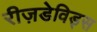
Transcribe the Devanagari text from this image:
रीज़डेविड्स